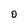
Character: O